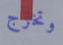
وتخرج